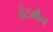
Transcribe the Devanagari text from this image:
हंटमैन